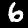
Digit: 6